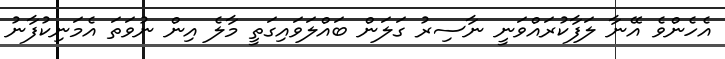
އެހެންވެ އޭނާ ލަފާކުރައްވަނީ ނާސިރު ގަލަން ބައްލަވައިގަތީ މާލެ އިން ނުވަތަ އެމަނިކުފާނު